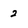
Character: 2